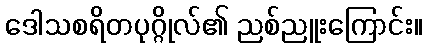
ဒေါသစရိတပုဂ္ဂိုလ်၏ ညစ်ညူးကြောင်း။